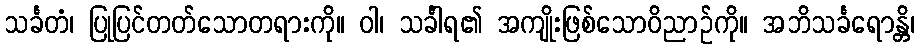
သင်္ခတံ၊ ပြုပြင်တတ်သောတရားကို။ ဝါ၊ သင်္ခါရ၏ အကျိုးဖြစ်သောဝိညာဉ်ကို။ အဘိသင်္ခရောန္တိ၊